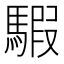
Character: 騢